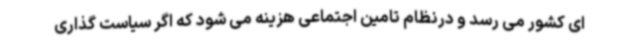
ای کشور می رسد و درنظام تامین اجتماعی هزینه می شود که اگر سیاست گذاری